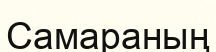
Самараның